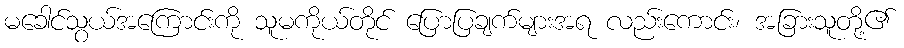
မခေါင်သွယ်အကြောင်းကို သူမကိုယ်တိုင် ပြောပြချက်များအရ လည်းကောင်း၊ အခြားသူတို့၏